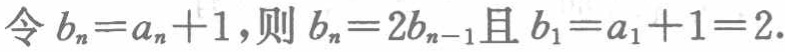
令 \(b_{n}=a_{n}+1\)，则 \(b_{n}=2b_{n - 1}\)且 \(b_{1}=a_{1}+1 = 2\).